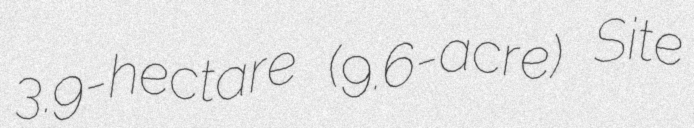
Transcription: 3.9-hectare (9.6-acre) Site